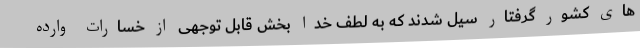
های کشور گرفتار سیل شدند که به لطف خدا بخش قابل توجهی از خسارات وارده